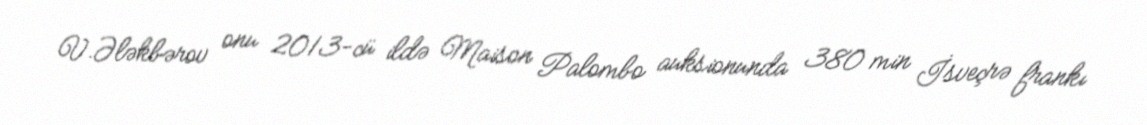
V.Ələkbərov onu 2013-cü ildə Maison Palombo auksionunda 380 min İsveçrə frankı